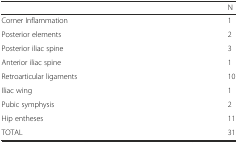
<table><thead><tr><td></td><td><b>N</b></td></tr></thead><tbody><tr><td>Corner Inflammation</td><td>1</td></tr><tr><td>Posterior elements</td><td>2</td></tr><tr><td>Posterior iliac spine</td><td>3</td></tr><tr><td>Anterior iliac spine</td><td>1</td></tr><tr><td>Retroarticular ligaments</td><td>10</td></tr><tr><td>Iliac wing</td><td>1</td></tr><tr><td>Pubic symphysis</td><td>2</td></tr><tr><td>Hip entheses</td><td>11</td></tr><tr><td>TOTAL</td><td>31</td></tr></tbody></table>